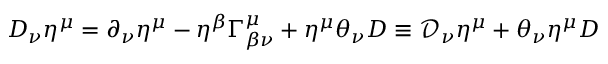
D _ { \nu } \eta ^ { \mu } = \partial _ { \nu } \eta ^ { \mu } - \eta ^ { \beta } \Gamma _ { \beta \nu } ^ { \mu } + \eta ^ { \mu } \theta _ { \nu } D \equiv \mathcal { D } _ { \nu } \eta ^ { \mu } + \theta _ { \nu } \eta ^ { \mu } D